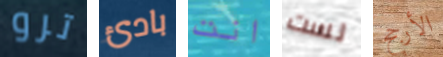
ترو بادئ انت لست الأرجح